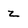
Character: z